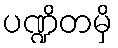
ပဏ္ဍိတမှိ